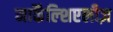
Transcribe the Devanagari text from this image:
मार्कैंल्शिएलीज़